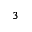
3